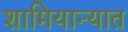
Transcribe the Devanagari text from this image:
शामियान्यात